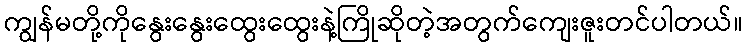
ကျွန်မတို့ကိုနွေးနွေးထွေးထွေးနဲ့ကြိုဆိုတဲ့အတွက်ကျေးဇူးတင်ပါတယ်။